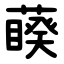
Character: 藈